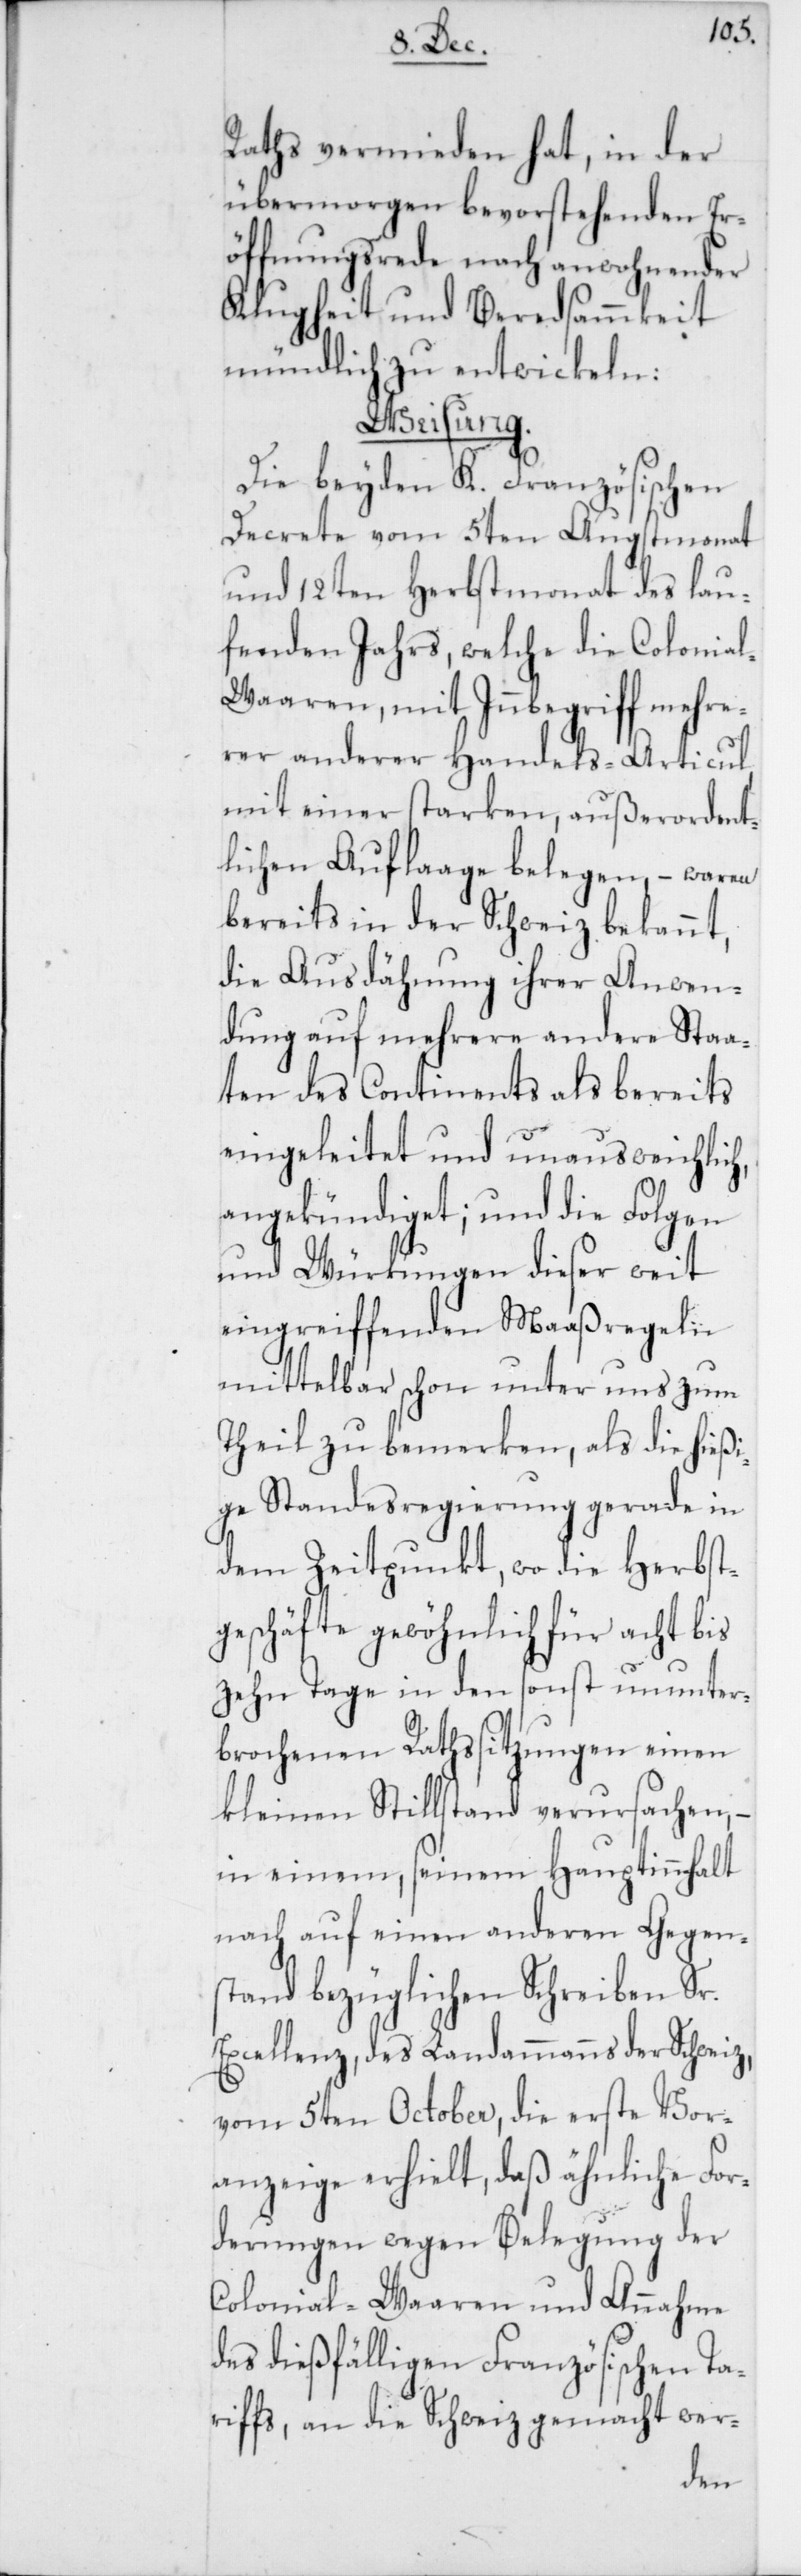
h,
Raths vermieden hat, in der
übermorgen bevorstehenden Er¬
öffnungsrede nach anwohnender
Klugheit und Beredsammkeit
mündlich zu entwickeln.
Weisung.
Die beyden K. Französischen
Decrete vom 5ten Augstmonat
und 12ten Herbstmonat des lau¬
fenden Jahrs, welche die Colonia¬
l-Waaren, mit Innbegriff mehr¬
er anderer Handels-Articul,
mit einer starken außerordent¬
lichen Auflaage belegen, – waren
bereits in der Schweiz bekannt,
die Ausdähnung ihrer Anwen¬
dung auf mehrere andere Staa¬
ten des Continents als bereits
eingeleitet und unausweichlic¬
angekündiget; und die Folgen
und Würkungen dieser weit
eingreiffenden Maaßregeln
mittelbar schon unter uns zum
Teil zu bemerken, als die hieß¬
ige Standesregierung gerade in
dem Zeitpunkt, wo die Herbst¬
geschäfte gewöhnlich für acht bis
zehn Tage in den sonst ununter¬
brochenen Rathssitzungen einen
kleinen Stillstand verursachen,
in einem, seinem Hauptinnhalt
nach auf einen anderen Gegen¬
stand bezüglichen Schreiben Sr.
Excellenz, des Landammanns der Schweiz,
vom 5ten October, die erste Vor¬
anzeige erhielt, daß ähnliche For¬
derungen wegen Belegung der
Colonial-Waaren und Annahme
des dießfälligen Französischen Ta¬
riffs, an die Schweiz gemacht wer-